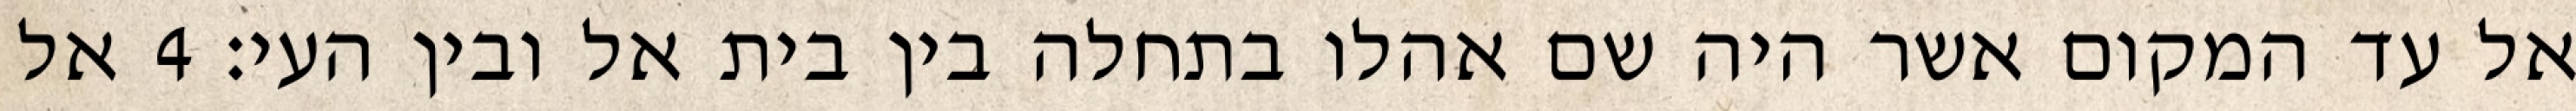
אל עד המקום אשר היה שם אהלו בתחלה בין בית אל ובין העי׃ ‎4‏ אל